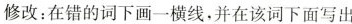
修改:在错的词下画一横线,并在该词下面写出